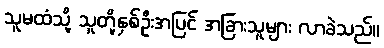
သူမထံသို့ သူတို့နှစ်ဦးအပြင် အခြားသူများ လာခဲသည်။